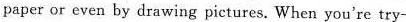
paper or even by drawing pictures. When you're try-